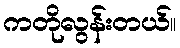
ကတိုလွန်းတယ်။